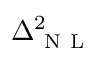
\Delta _ { \mathrm { ~ N ~ L ~ } } ^ { 2 }